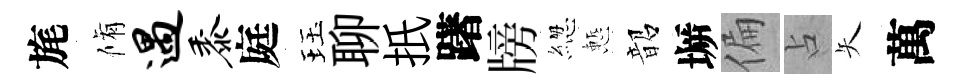
旄脩遇黍庭珏聊扺躇牓緫慙韶󶱲偏占矢萬